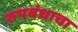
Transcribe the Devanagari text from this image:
रुपबंधाचा